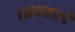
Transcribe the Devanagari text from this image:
१९०९साली